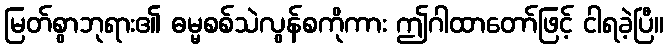
မြတ်စွာဘုရား၏ ဓမ္မစစ်သဲလွန်စကိုကား ဤဂါထာတော်ဖြင့် ငါရခဲ့ပြီ။